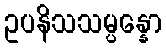
ဥပနိသသမ္ပန္နော